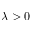
\lambda > 0